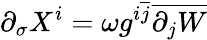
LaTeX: \partial_{\sigma}X^{i}=\omega g^{i\overline{{{j}}}}\overline{{{\partial_{j}W}}}